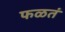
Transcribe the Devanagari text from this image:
फळतं